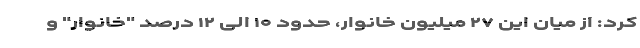
کرد: از میان این ۲۷ میلیون خانوار، حدود ۱۰ الی ۱۲ درصد "خانوار" و